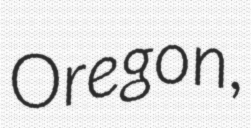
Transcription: Oregon,